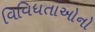
વિવિધતાઓનો